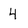
Character: 4